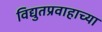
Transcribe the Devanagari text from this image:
विद्युतप्रवाहाच्या